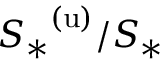
{ S _ { * } } ^ { ( \mathrm { u } ) } / S _ { * }